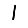
Digit: 1